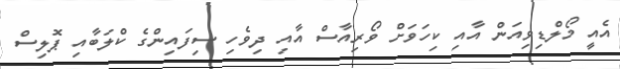
އެއީ މޯލްޑިވިއަން އާއި ކިހަވަށް ވޯރިއާސް އާއި ދިވެހި ސިފައިންގެ ކްލަބާއި ޕޮލިސް